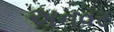
અનવર